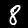
Label: 8